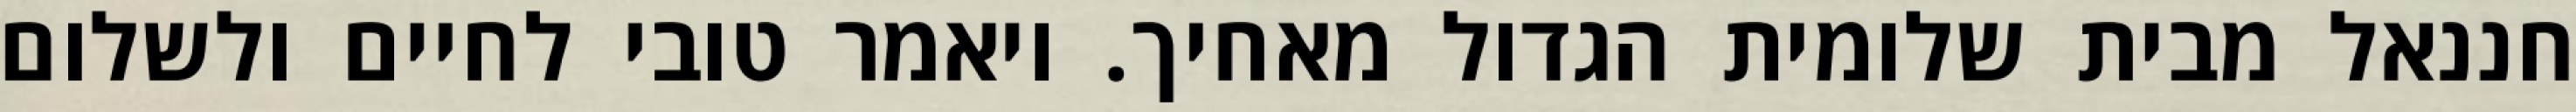
חננאל מבית שלומית הגדול מאחיך. ויאמר טובי לחיים ולשלום